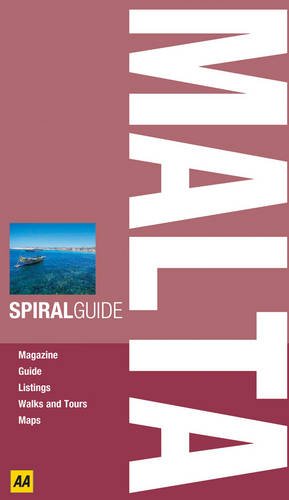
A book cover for Malta (AA Spiral Guides); Travel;